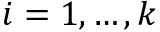
i = 1 , \dots , k